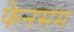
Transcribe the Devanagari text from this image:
फेनसम